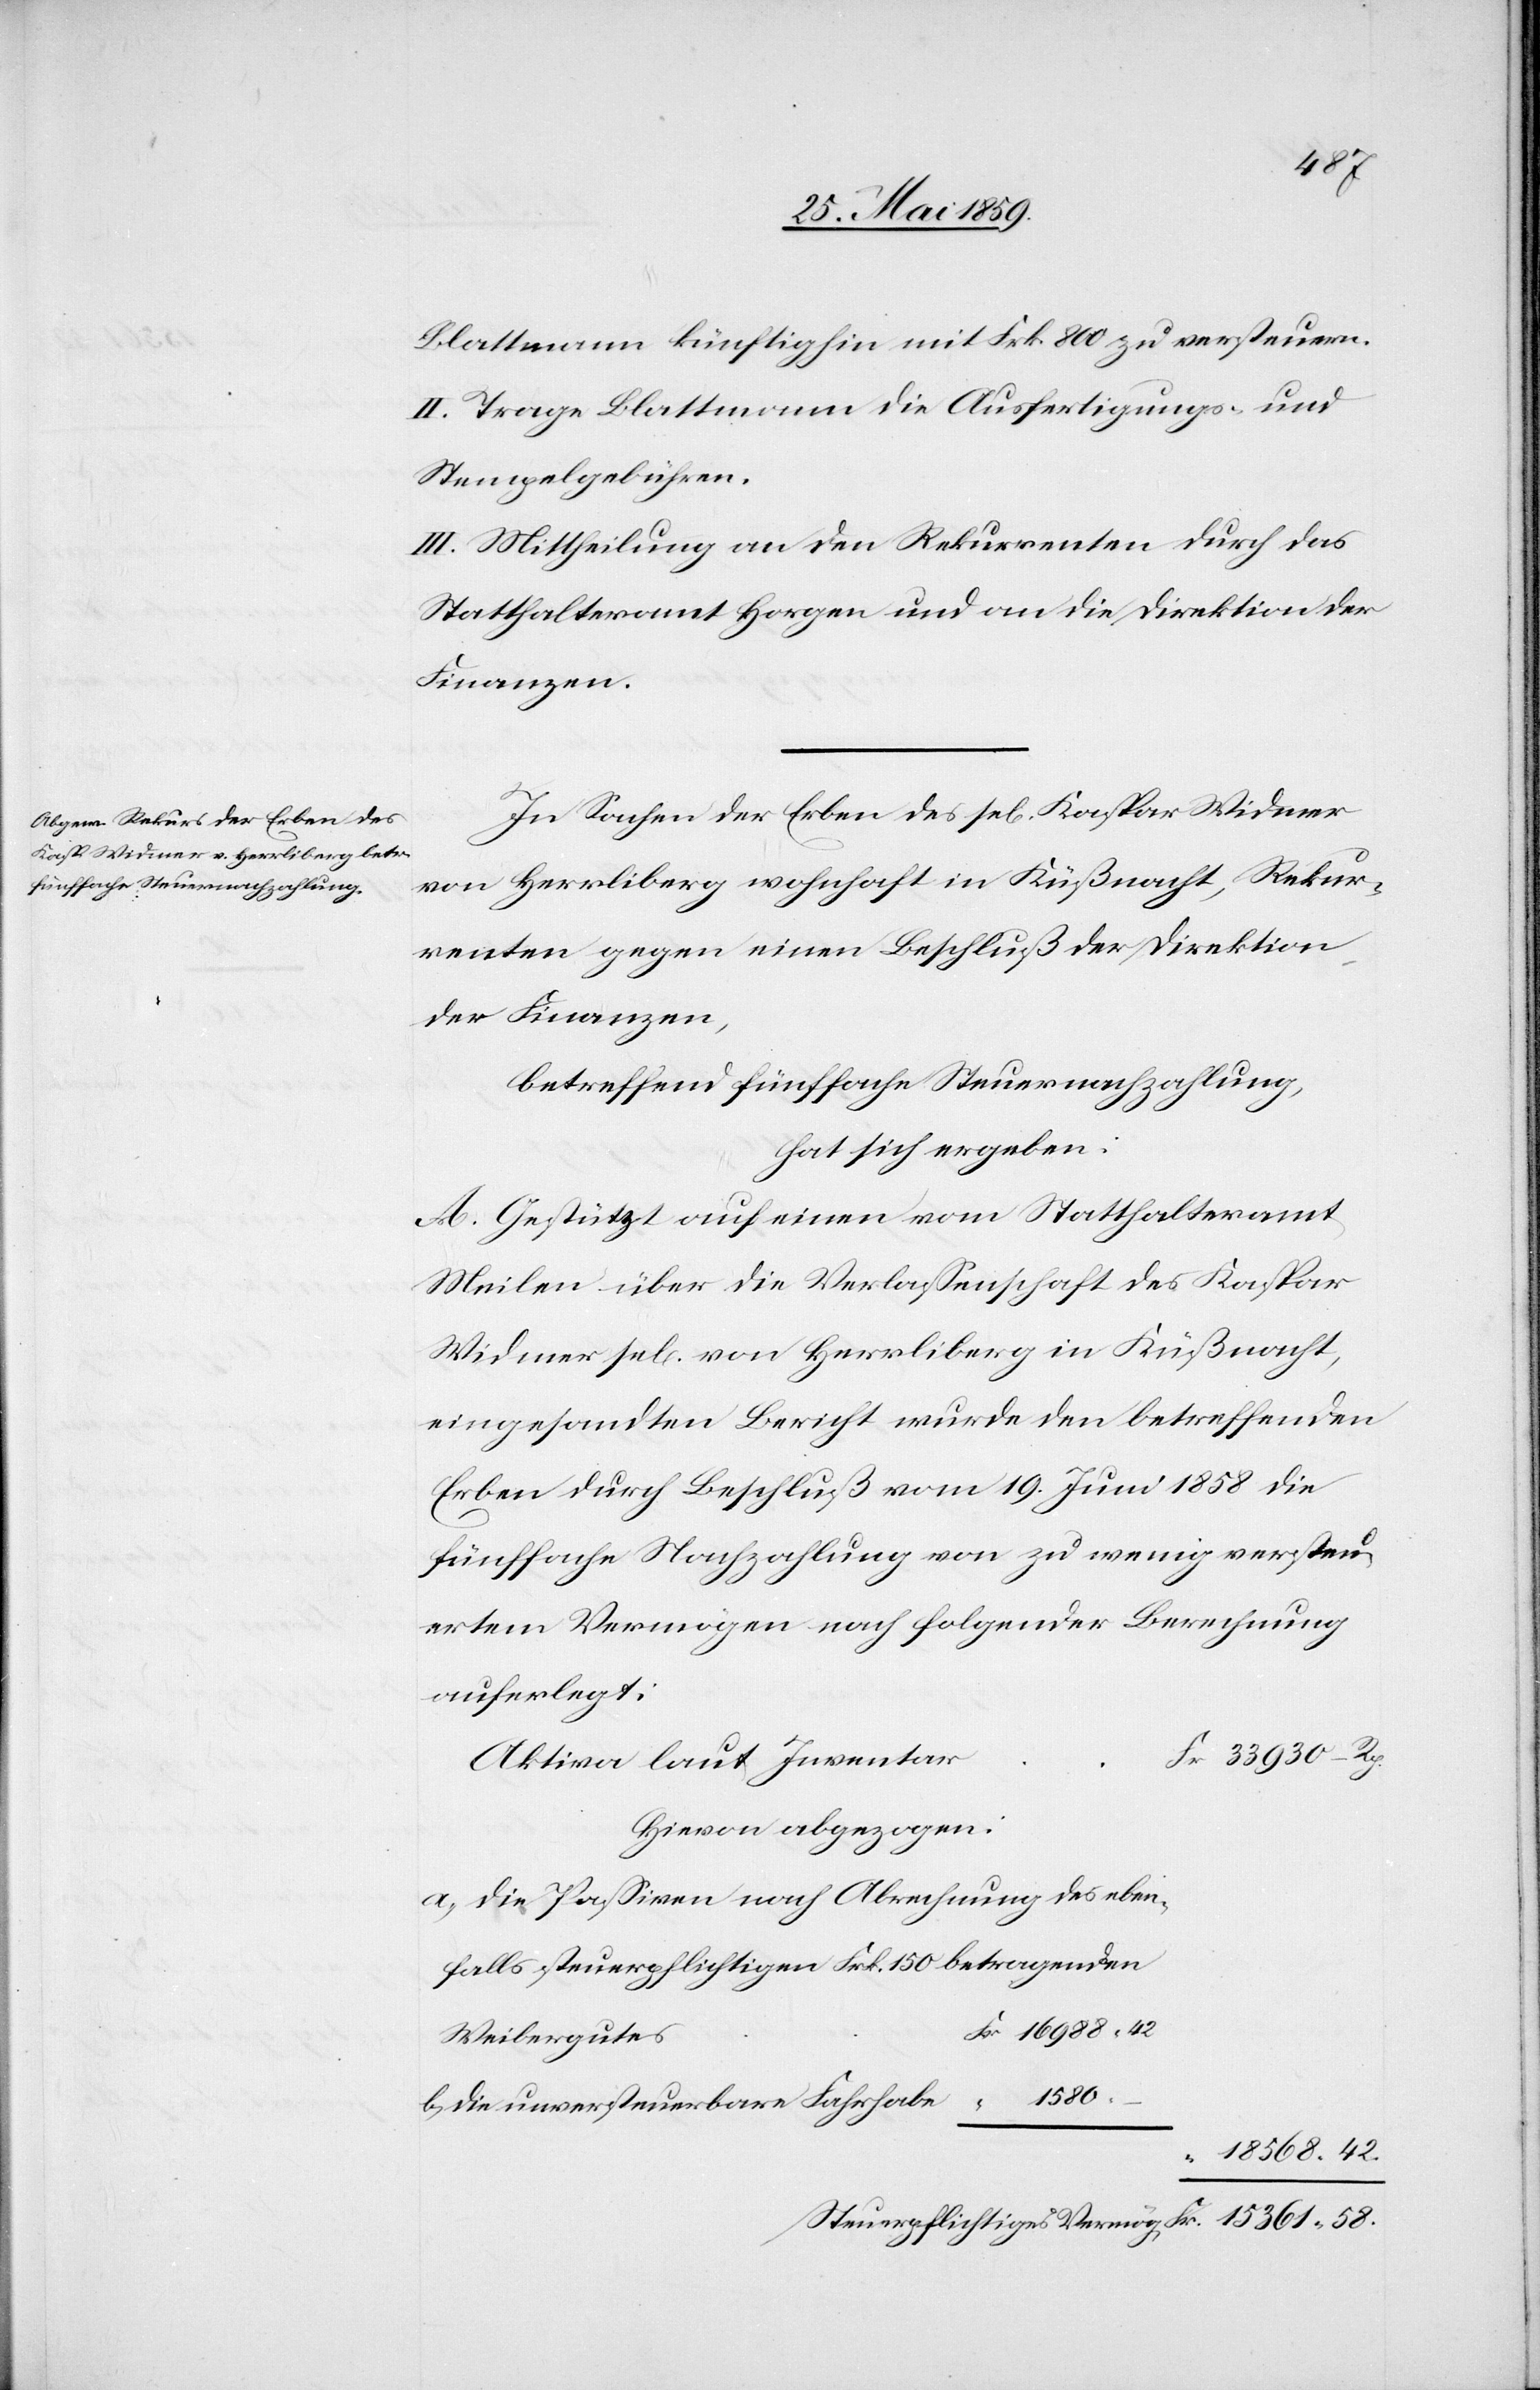
Blattmann künftighin mit Frk. 800 zu versteuern.
II. Trage Blattmann die Ausfertigungs- und
Stempelgebühren.
III. Mittheilung an den Rekurrenten durch das
Statthalteramt Horgen und an die Direktion der
Finanzen.
In Sachen der Erben des sel. Kaspar Widmer
von Herrliberg wohnhaft in Küßnacht, Rekur¬
renten gegen einen Beschluß der Direktion
der Finanzen,
betreffend fünffache Steuernachzahlung,
hat sich ergeben:
A. Gestützt auf einen vom Statthalteramt
Meilen über die Verlassenschaft des Kaspar
Widmer sel. von Herrliberg in Küßnacht,
eingesandten Bericht wurde den betreffenden
Erben durch Beschluß vom 19. Juni 1858 die
fünffache Nachzahlung von zu wenig versteu¬
ertem Vermögen nach folgender Berechnung
auferlegt:
Fr 33930 – Rp.
Aktiva laut Inventar
Hievon abgezogen:
a) die Passiven nach Abrechnung des eben-
falls steuerpflichtigen Frk. 150 betragenden
Fr 16988.42
Weibergutes
b) die unversteuerbare Fahrhabe “ 1580.
“ 18568.42
Steuerpflichtiges Vermög. Fr. 15361.58.